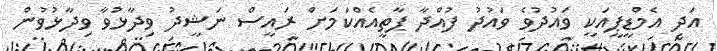
އަދި އެމްޑީޕީއަކީ ވައުދުވެ ވައުދު ފުއްދާ ޕާތީއެއްކަމަށް ރައީސް ނަޝީދު ވިދާޅުވާ ވިދާޅުވުން